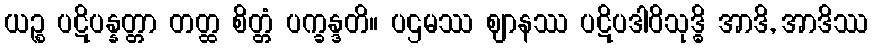
ယဉ္စ ပဋိပန္နတ္တာ တတ္ထ စိတ္တံ ပက္ခန္ဒတိ။ ပဌမဿ ဈာနဿ ပဋိပဒါဝိသုဒ္ဓိ အာဒိ, အာဒိဿ